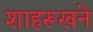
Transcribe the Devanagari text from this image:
शाहरूखने